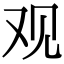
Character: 观